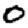
Digit: 0